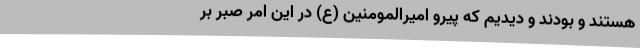
هستند و بودند و دیدیم که پیرو امیرالمومنین (ع) در این امر صبر بر